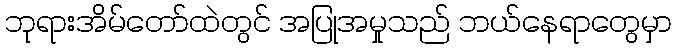
ဘုရားအိမ်တော်ထဲတွင် အပြုအမှုသည် ဘယ်နေရာတွေမှာ